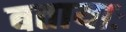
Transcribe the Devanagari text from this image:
बतायाः